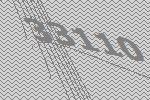
33110